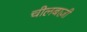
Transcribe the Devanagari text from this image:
चीलबाज़ी